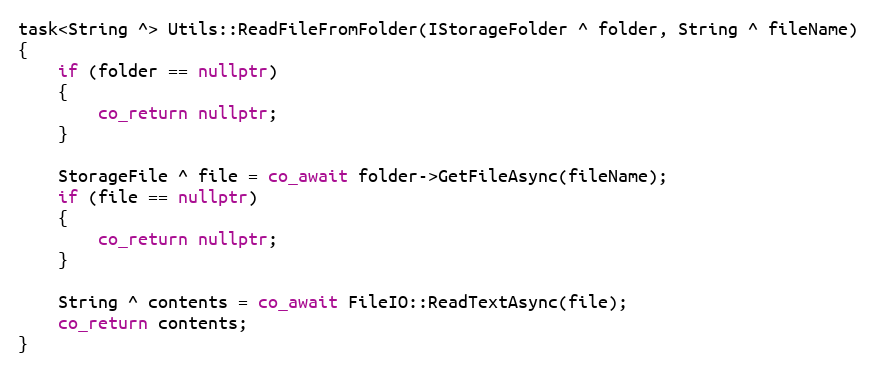
Language: C++
task<String ^> Utils::ReadFileFromFolder(IStorageFolder ^ folder, String ^ fileName)
{
    if (folder == nullptr)
    {
        co_return nullptr;
    }

    StorageFile ^ file = co_await folder->GetFileAsync(fileName);
    if (file == nullptr)
    {
        co_return nullptr;
    }

    String ^ contents = co_await FileIO::ReadTextAsync(file);
    co_return contents;
}